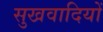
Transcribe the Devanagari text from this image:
सुखवादियों